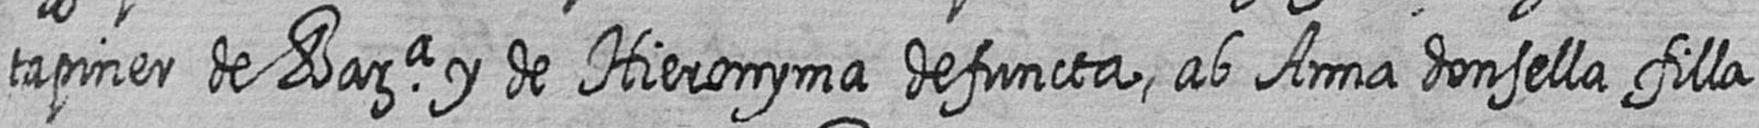
tapiner de Bara y de Hieronyma defuncta ab Anna donsella filla